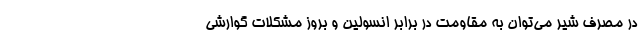
در مصرف شیر می‌توان به مقاومت در برابر انسولین و بروز مشکلات گوارشی